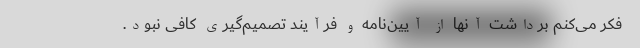
فکر می‌کنم برداشت آنها از آیین‌نامه و فرآیند تصمیم‌گیری کافی نبود.